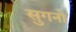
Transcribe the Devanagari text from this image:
सुगनो